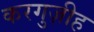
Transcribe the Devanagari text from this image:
करगुज़ीह